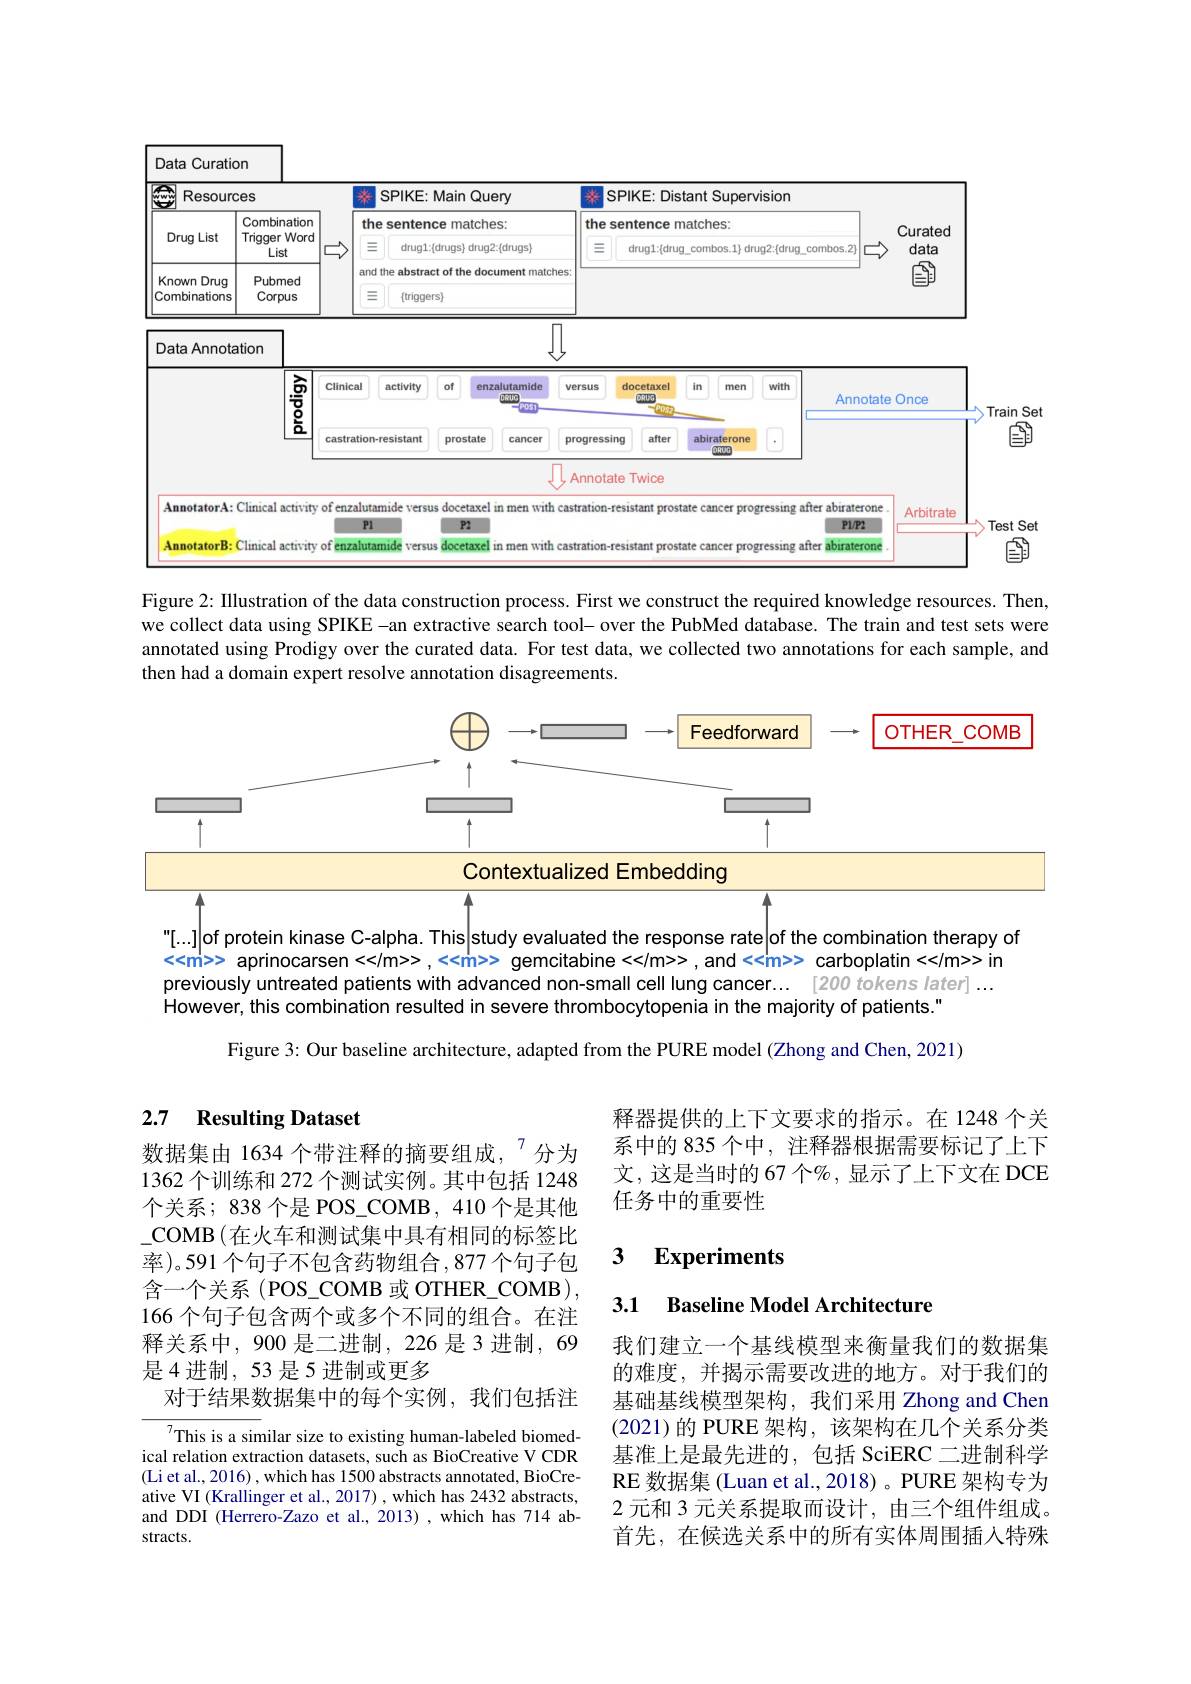
Data Curation
<FigureHere>
Set

Figure 2: IIlustration of the data construction process. First we construct the required knowledge resources. Then, we collect data using SPIKE -an extractive search tool- over the PubMed database. The train and test sets were annotated using Prodigy over the curated data. For test data, we collected two annotations for each sample, and then had a domain expert resolve annotation disagreements.

<FigureHere>
"[...]of protein kinase C-alpha. This|study evaluated the response rate|of the combination therapy of

<<m'>> aprinocarsen <</m>>,<<m>> gemcitabine <</m>>,and <<m>> carboplatin <</m>> in previously untreated patients with advanced non-small cell lung cancer... [200 tokens later] ... However, this combination resulted in severe thrombocytopenia in the majority of patients."
Figure 3: Our baseline architecture, adapted from the PURE model (Zhong and Chen, 2021)

## 2.7 Resulting Dataset 数据集由 1634 个带注释的摘要组成，$^{7}$分为

释器提供的上下文要求的指示。在 1248 个关系中的 835 个中，注释器根据需要标记了上下文，这是当时的 67 个%, 显示了上下文在 DCE 任务中的重要性

### $\textbf{3}$ $\textbf{Experiments}$

1362 个训练和 272 个测试实例。其中包括 1248个关系；838 个是 POS\_COMB, 410 个是其他$\_$COMB$\left ( \text{在 火 车 和 测 试 集 中 具 有 相 同 的 标 签 比 }\right )$ 率)。591 个句子不包含药物组合，877个句子包${\text{含一个关系 (POS\_COMB 或 OTHER\_COMB),}}$ 166 个句子包含两个或多个不同的组合。在注释关系中，900 是二进制，226 是3进制，69是4进制，53 是5 进制或更多
对于结果数据集中的每个实例，我们包括注

3.1 Baseline Model Architecture

我们建立一个基线模型来衡量我们的数据集的难度，并揭示需要改进的地方。对于我们的基础基线模型架构，我们采用 Zhong and Chen (2021)的 PURE 架构，该架构在几个关系分类基准上是最先进的，包括 SciERC 二进制科学RE 数据集 (Luan et al., 2018) 。PURE 架构专为2元和 3 元关系提取而设计，由三个组件组成。首先，在候选关系中的所有实体周围插入特殊

${\overline{{^7}}}$This is a similar size to existing human-labeled biomedical relation extraction datasets, such as BioCreative V CDR (Li et al., 2016) , which has 1500 abstracts annotated, BioCreative VI (Krallinger et al., 2017) , which has 2432 abstracts, and DDI (Herrero-Zazo et al., 2013) ,which has 714 abstracts.